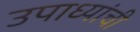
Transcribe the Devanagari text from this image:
उपाध्यांची